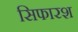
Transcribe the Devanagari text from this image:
सिफारश